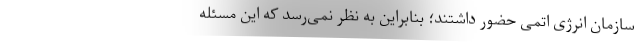
سازمان انرژی اتمی حضور داشتند؛ بنابراین به نظر نمی‌رسد که این مسئله